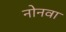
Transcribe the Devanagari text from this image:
नोनवा